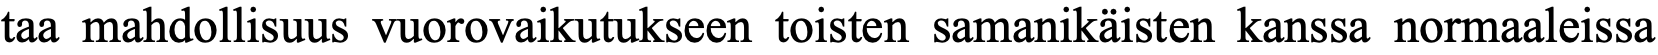
taa mahdollisuus vuorovaikutukseen toisten samanikäisten kanssa normaaleissa